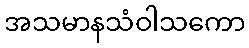
အသမာနသံဝါသကော